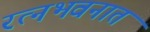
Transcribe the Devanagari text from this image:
रत्‍नभवनात